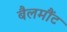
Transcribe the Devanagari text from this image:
बैलमौंट